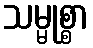
သမ္မုစ္စာ